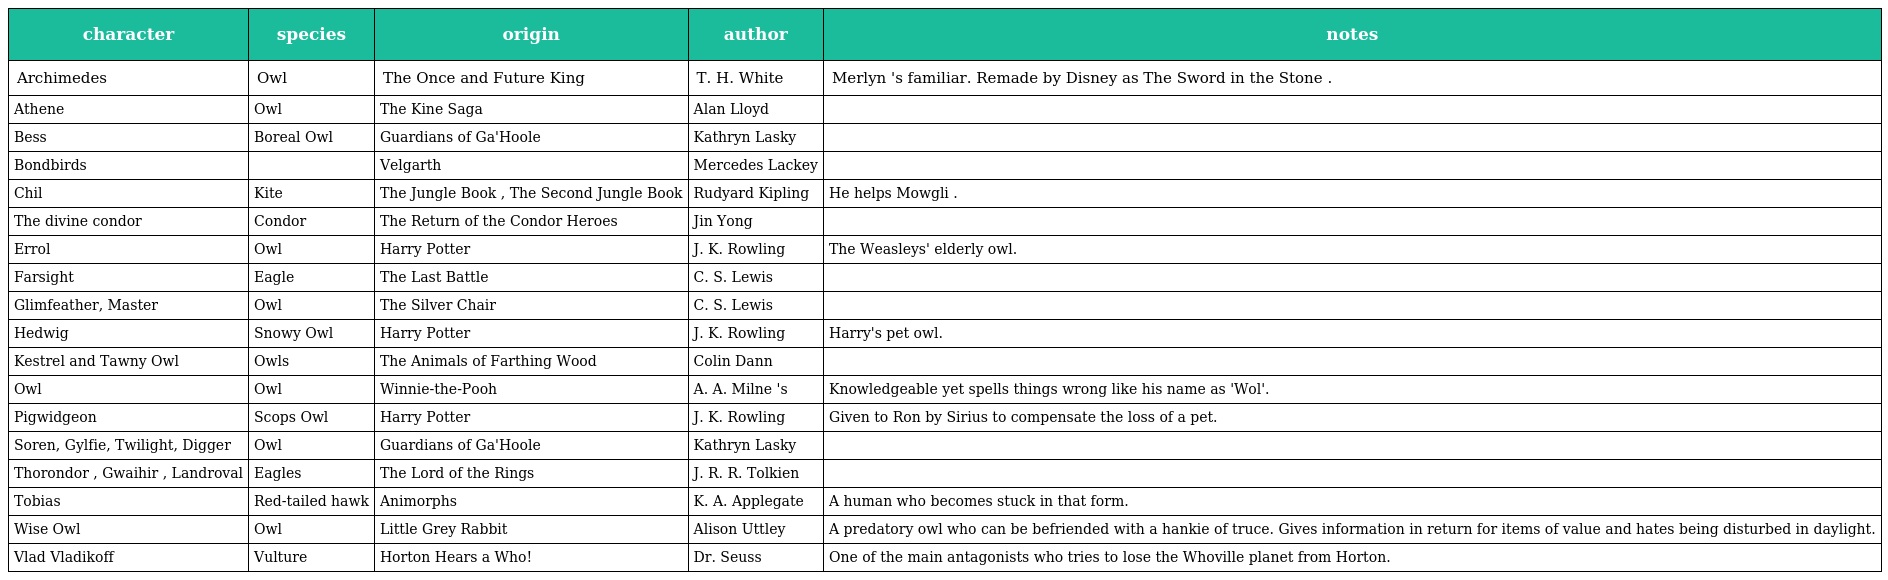
| character | species | origin | author | notes |
 | --- | --- | --- | --- | --- |
 | Archimedes | Owl | The Once and Future King | T. H. White | Merlyn 's familiar. Remade by Disney as The Sword in the Stone . |
 | Athene | Owl | The Kine Saga | Alan Lloyd |  |
 | Bess | Boreal Owl | Guardians of Ga'Hoole | Kathryn Lasky |  |
 | Bondbirds |  | Velgarth | Mercedes Lackey |  |
 | Chil | Kite | The Jungle Book , The Second Jungle Book | Rudyard Kipling | He helps Mowgli . |
 | The divine condor | Condor | The Return of the Condor Heroes | Jin Yong |  |
 | Errol | Owl | Harry Potter | J. K. Rowling | The Weasleys' elderly owl. |
 | Farsight | Eagle | The Last Battle | C. S. Lewis |  |
 | Glimfeather, Master | Owl | The Silver Chair | C. S. Lewis |  |
 | Hedwig | Snowy Owl | Harry Potter | J. K. Rowling | Harry's pet owl. |
 | Kestrel and Tawny Owl | Owls | The Animals of Farthing Wood | Colin Dann |  |
 | Owl | Owl | Winnie-the-Pooh | A. A. Milne 's | Knowledgeable yet spells things wrong like his name as 'Wol'. |
 | Pigwidgeon | Scops Owl | Harry Potter | J. K. Rowling | Given to Ron by Sirius to compensate the loss of a pet. |
 | Soren, Gylfie, Twilight, Digger | Owl | Guardians of Ga'Hoole | Kathryn Lasky |  |
 | Thorondor , Gwaihir , Landroval | Eagles | The Lord of the Rings | J. R. R. Tolkien |  |
 | Tobias | Red-tailed hawk | Animorphs | K. A. Applegate | A human who becomes stuck in that form. |
 | Wise Owl | Owl | Little Grey Rabbit | Alison Uttley | A predatory owl who can be befriended with a hankie of truce. Gives information in return for items of value and hates being disturbed in daylight. |
 | Vlad Vladikoff | Vulture | Horton Hears a Who! | Dr. Seuss | One of the main antagonists who tries to lose the Whoville planet from Horton. |